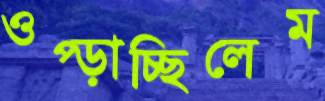
ওপ্‌ড়াচ্ছিলেম